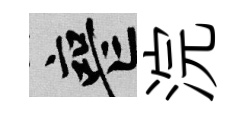
喪浣